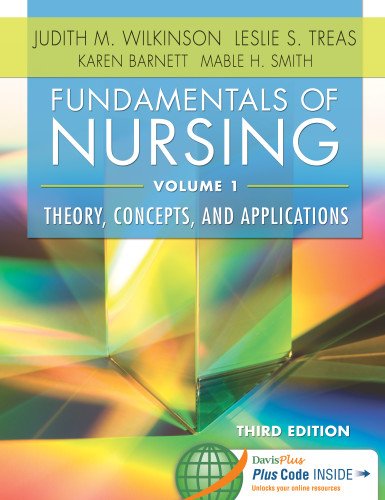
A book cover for Pkg Fundamentals Of Nursing vol. 1 & vol. 2 3e; Judith M. Wilkinson PhD  ARNP  RNC; Medical Books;